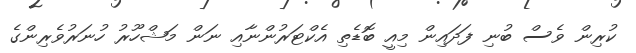
ކުރިން ވެސް ބުނި ފަދައިން މިއީ ބޮޑެތި އެކްޓަރުންނާއި ނަން މަޝްހޫރު ހުނަރުވެރިންގެ